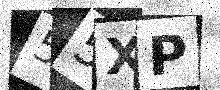
Text: 55XP